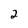
Character: 2